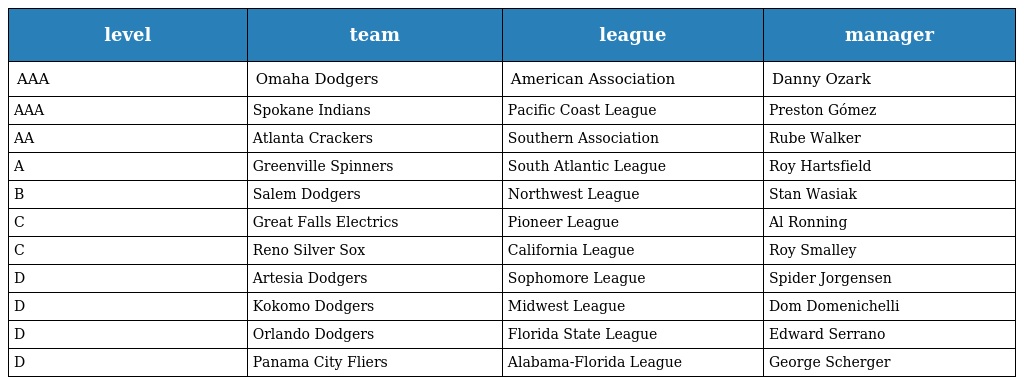
| level | team | league | manager |
 | --- | --- | --- | --- |
 | AAA | Omaha Dodgers | American Association | Danny Ozark |
 | AAA | Spokane Indians | Pacific Coast League | Preston Gómez |
 | AA | Atlanta Crackers | Southern Association | Rube Walker |
 | A | Greenville Spinners | South Atlantic League | Roy Hartsfield |
 | B | Salem Dodgers | Northwest League | Stan Wasiak |
 | C | Great Falls Electrics | Pioneer League | Al Ronning |
 | C | Reno Silver Sox | California League | Roy Smalley |
 | D | Artesia Dodgers | Sophomore League | Spider Jorgensen |
 | D | Kokomo Dodgers | Midwest League | Dom Domenichelli |
 | D | Orlando Dodgers | Florida State League | Edward Serrano |
 | D | Panama City Fliers | Alabama-Florida League | George Scherger |